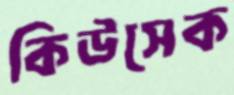
কিউসেক